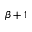
\beta + 1